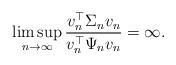
LaTeX: \begin{align*}\limsup\limits_{n\rightarrow\infty} \frac{v_n^\top \Sigma_n v_n}{v_n^\top\Psi_n v_n} = \infty.\end{align*}